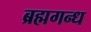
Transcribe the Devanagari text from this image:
ब्रह्मगन्ध